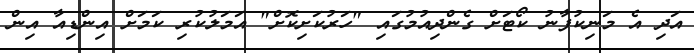
އަދި އެ މަނިކުފާނު ކޯޓަށް ގެންދިއުމުގައި "ހަރުކަށިކޮށް" އަމަލުކުރި ކަމަށް އިންޑިއާ އިން